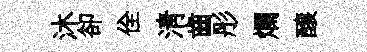
沐卻佺淸齒彤爛醸